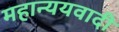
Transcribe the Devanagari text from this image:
महान्ययवादी